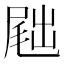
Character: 𪨕